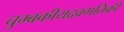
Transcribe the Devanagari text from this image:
चुम्बकीयद्रवगतिकी